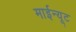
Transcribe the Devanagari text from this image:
माईन्यूट